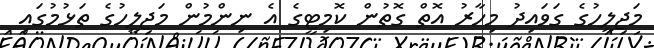
މަޖިލީހުގެ ގަވައިދު މިހާރު އޮތް ގޮތުން ކޮމިޓީގެ އެ ނިންމުން މަޖިލީހުގެ ތަޅުމުގައި